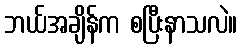
ဘယ်အချိန်က စပြီးနာသလဲ။